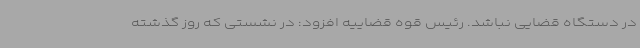
در دستگاه قضایی نباشد. رئیس قوه قضاییه افزود: در نشستی که روز گذشته